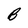
Character: B